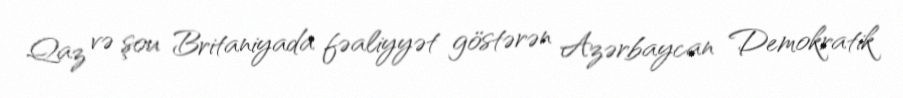
Qaz və şou Britaniyada fəaliyyət göstərən Azərbaycan Demokratik